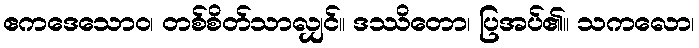
ဧကဒေသောဝ၊ တစ်စိတ်သာလျှင်။ ဒဿိတော၊ ပြအပ်၏။ သကလော၊